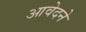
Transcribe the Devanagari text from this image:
आवेदने